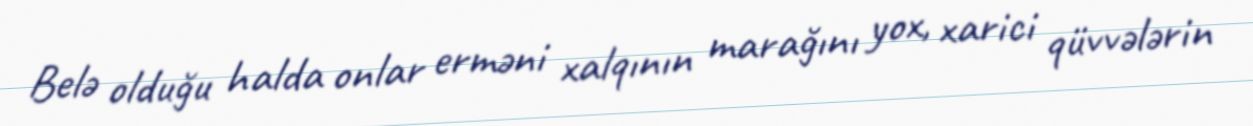
Belə olduğu halda onlar erməni xalqının marağını yox, xarici qüvvələrin